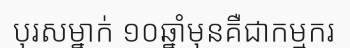
បុរសម្នាក់ ១០ឆ្នាំមុនគឺជាកម្មករ